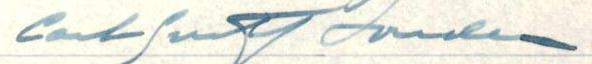
Carl-Gustaf Londen